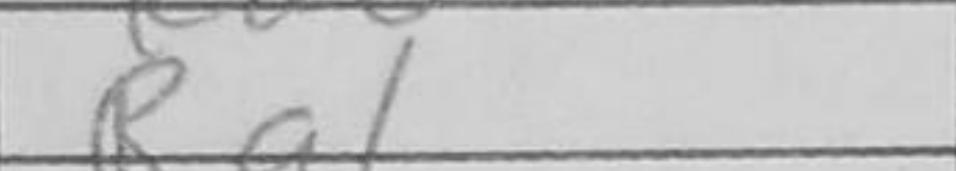
Transcription: Ra1